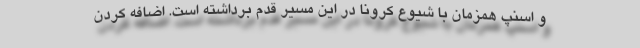
و اسنپ همزمان با شیوع کرونا در این مسیر قدم برداشته است. اضافه کردن